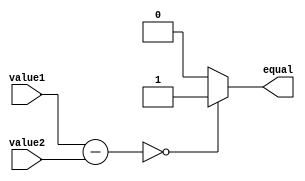
module equality_comparator (
    input [31:0] value1,
    input [31:0] value2,
    output reg equal
);

reg [31:0] diff;

always @* begin
    diff = value1 - value2;
    
    if (diff == 0)
        equal = 1;
    else
        equal = 0;
end

endmodule